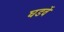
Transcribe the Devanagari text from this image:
घडवें